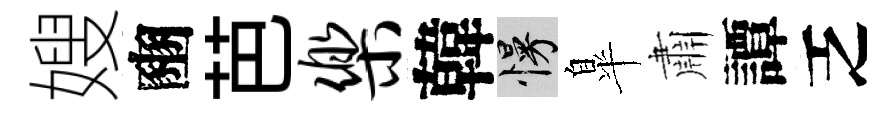
嫂豳芭乐韓慢臯肅譚乏